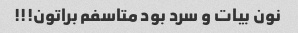
نون بیات و سرد بود متاسفم براتون!!!